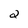
Character: 2